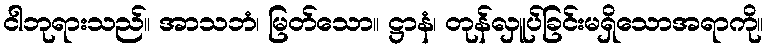
ငါဘုရားသည်။ အာသဘံ၊ မြတ်သော။ ဋ္ဌာနံ၊ တုန်လှူပ်ခြင်းမရှိသောအရာကို။